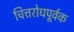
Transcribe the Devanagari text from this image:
चित्तरोधपूर्वक